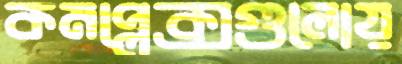
কমপ্লেক্সগুলোয়